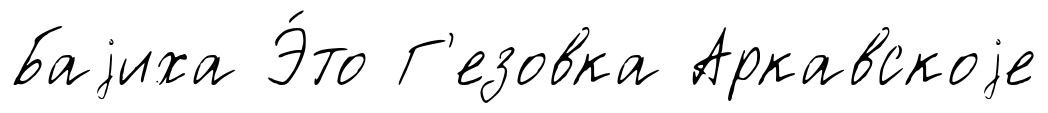
Баjиха Э́то Г'езовка Аркавскоjе